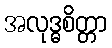
အလုဒ္ဓစိတ္တာ